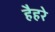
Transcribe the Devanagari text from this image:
हैहरे